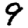
Digit: 9